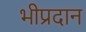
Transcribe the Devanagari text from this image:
भीप्रदान